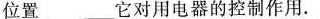
位置___它对用电器的控制作用。